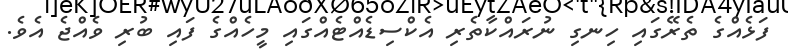
ފަޅެއްގެ ތެރޭގައި ހިނގި ނުރައްކާތެރި އެކްސިޑެއްޓެއްގައި މީހެއްގެ ފައި ބުރި ވެއްޖެ އެވެ.